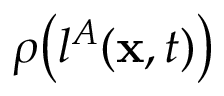
\rho \big ( l ^ { A } ( { \mathbf { x } } , t ) \big )